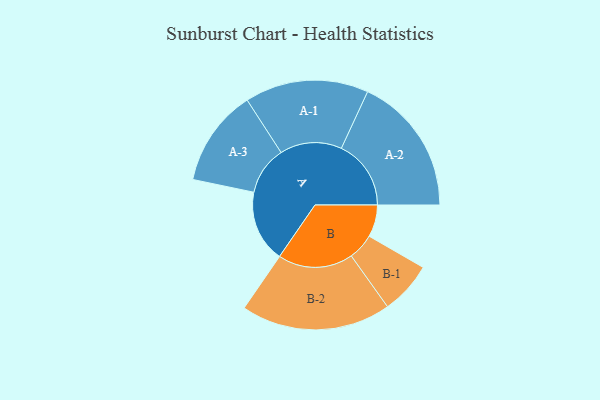
{"axis": {"x": "Segment", "y": "Value"}, "legend": ["", "A", "B"], "data": [{"x": "A", "y": 285, "type": ""}, {"x": "B", "y": 127, "type": ""}, {"x": "A-1", "y": 245, "type": "A"}, {"x": "A-2", "y": 276, "type": "A"}, {"x": "A-3", "y": 192, "type": "A"}, {"x": "B-1", "y": 104, "type": "B"}, {"x": "B-2", "y": 297, "type": "B"}]}